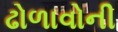
ઢોળાવોની